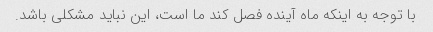
با توجه به اینکه ماه آینده فصل کند ما است، این نباید مشکلی باشد.